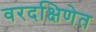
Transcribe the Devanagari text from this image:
वरदक्षिणेत